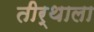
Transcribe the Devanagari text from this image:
तीर्थाला